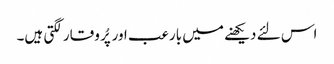
اس لئے دیکھنے میں بارعب اور پُر وقار لگتی ہیں۔